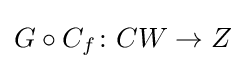
G\circ C_{f}\colon CW\to Z